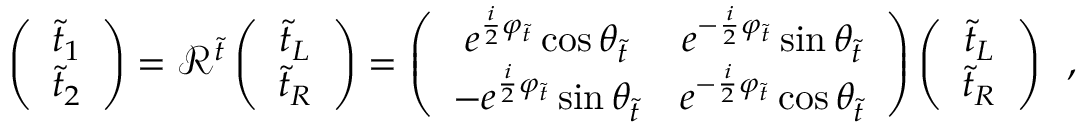
\left( \begin{array} { c } { { \tilde { t } _ { 1 } } } \\ { { \tilde { t } _ { 2 } } } \end{array} \right) = { \mathcal R } ^ { \tilde { t } } \left( \begin{array} { c } { { \tilde { t } _ { L } } } \\ { { \tilde { t } _ { R } } } \end{array} \right) = \left( \begin{array} { c c } { { e ^ { \frac { i } { 2 } \varphi _ { \tilde { t } } } \cos \theta _ { \tilde { t } } } } & { { e ^ { - \frac { i } { 2 } \varphi _ { \tilde { t } } } \sin \theta _ { \tilde { t } } } } \\ { { - e ^ { \frac { i } { 2 } \varphi _ { \tilde { t } } } \sin \theta _ { \tilde { t } } } } & { { e ^ { - \frac { i } { 2 } \varphi _ { \tilde { t } } } \cos \theta _ { \tilde { t } } } } \end{array} \right) \left( \begin{array} { c } { { \tilde { t } _ { L } } } \\ { { \tilde { t } _ { R } } } \end{array} \right) \enspace ,